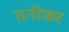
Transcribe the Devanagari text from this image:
ग़नीकर